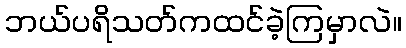
ဘယ်ပရိသတ်ကထင်ခဲ့ကြမှာလဲ။